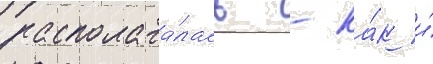
располага́лась - ка́к и́